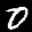
Label: 0